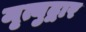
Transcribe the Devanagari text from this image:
मृत्युद्वार